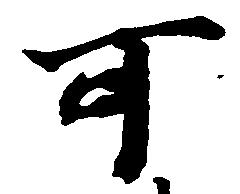
可